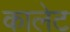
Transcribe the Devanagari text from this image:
कालेट